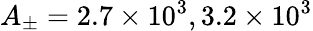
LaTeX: A_{\pm}=2.7\times 10^{3},3.2\times 10^{3}